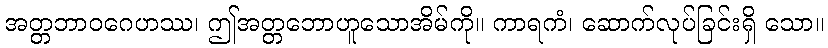
အတ္တဘာဝဂေဟဿ၊ ဤအတ္တဘောဟူသောအိမ်ကို။ ကာရကံ၊ ဆောက်လုပ်ခြင်းရှိ သော။